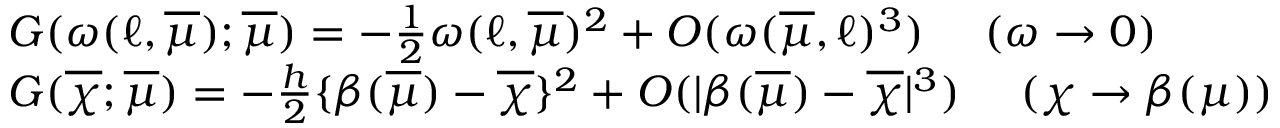
\begin{array} { r l } & { G ( \omega ( \ell , \overline { { \mu } } ) ; \overline { { \mu } } ) = - \frac { 1 } { 2 } \omega ( \ell , \overline { { \mu } } ) ^ { 2 } + O ( \omega ( \overline { { \mu } } , \ell ) ^ { 3 } ) \ ~ ~ ~ ( \omega \to 0 ) } \\ & { G ( \overline { { \chi } } ; \overline { { \mu } } ) = - \frac { h } { 2 } \{ \beta ( \overline { { \mu } } ) - \overline { { \chi } } \} ^ { 2 } + O ( | \beta ( \overline { { \mu } } ) - \overline { { \chi } } | ^ { 3 } ) \ ~ ~ ~ ( \chi \to \beta ( \mu ) ) } \end{array}